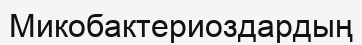
Микобактериоздардың